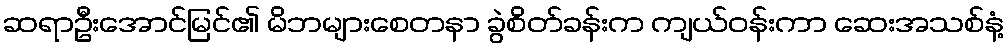
ဆရာဦးအောင်မြင်၏ မိဘများစေတနာ ခွဲစိတ်ခန်းက ကျယ်ဝန်းကာ ဆေးအသစ်နံ့